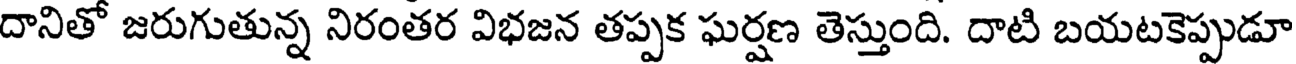
దానితో జరుగుతున్న నిరంతర విభజన తప్పక ఘర్షణ తెస్తుంది. దాటి బయటకెప్పుడూ